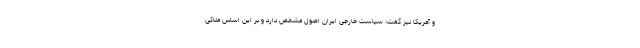
و آمریکا نیز گفت: سیاست خارجی ایران اصول مشخص دارد و بر این اساس ملاکی